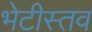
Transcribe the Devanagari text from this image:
भेटीस्तव